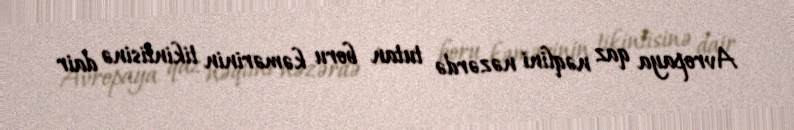
Avropaya qaz nəqlini nəzərdə tutan boru kəmərinin tikintisinə dair